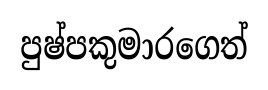
පුෂ්පකුමාරගෙත්